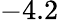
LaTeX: -4.2